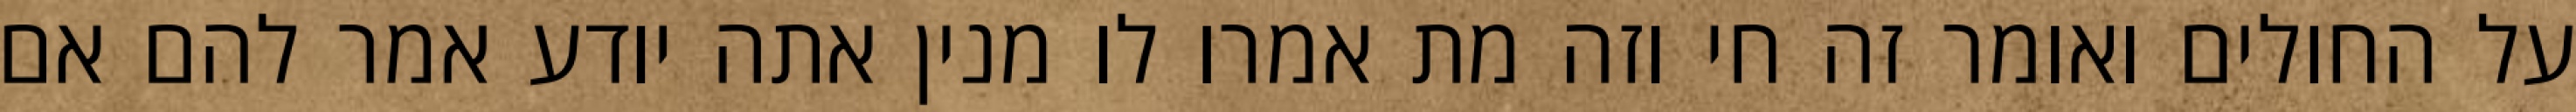
על החולים ואומר זה חי וזה מת אמרו לו מנין אתה יודע אמר להם אם